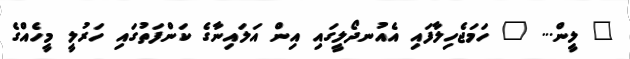
" ލީން... " ހަމަޖެހިލާފައި އެއުނދޯލީގައި އިން އަލައިނާގެ ކަންފަތުގައި ހަރުލީ މީހެއްގެ